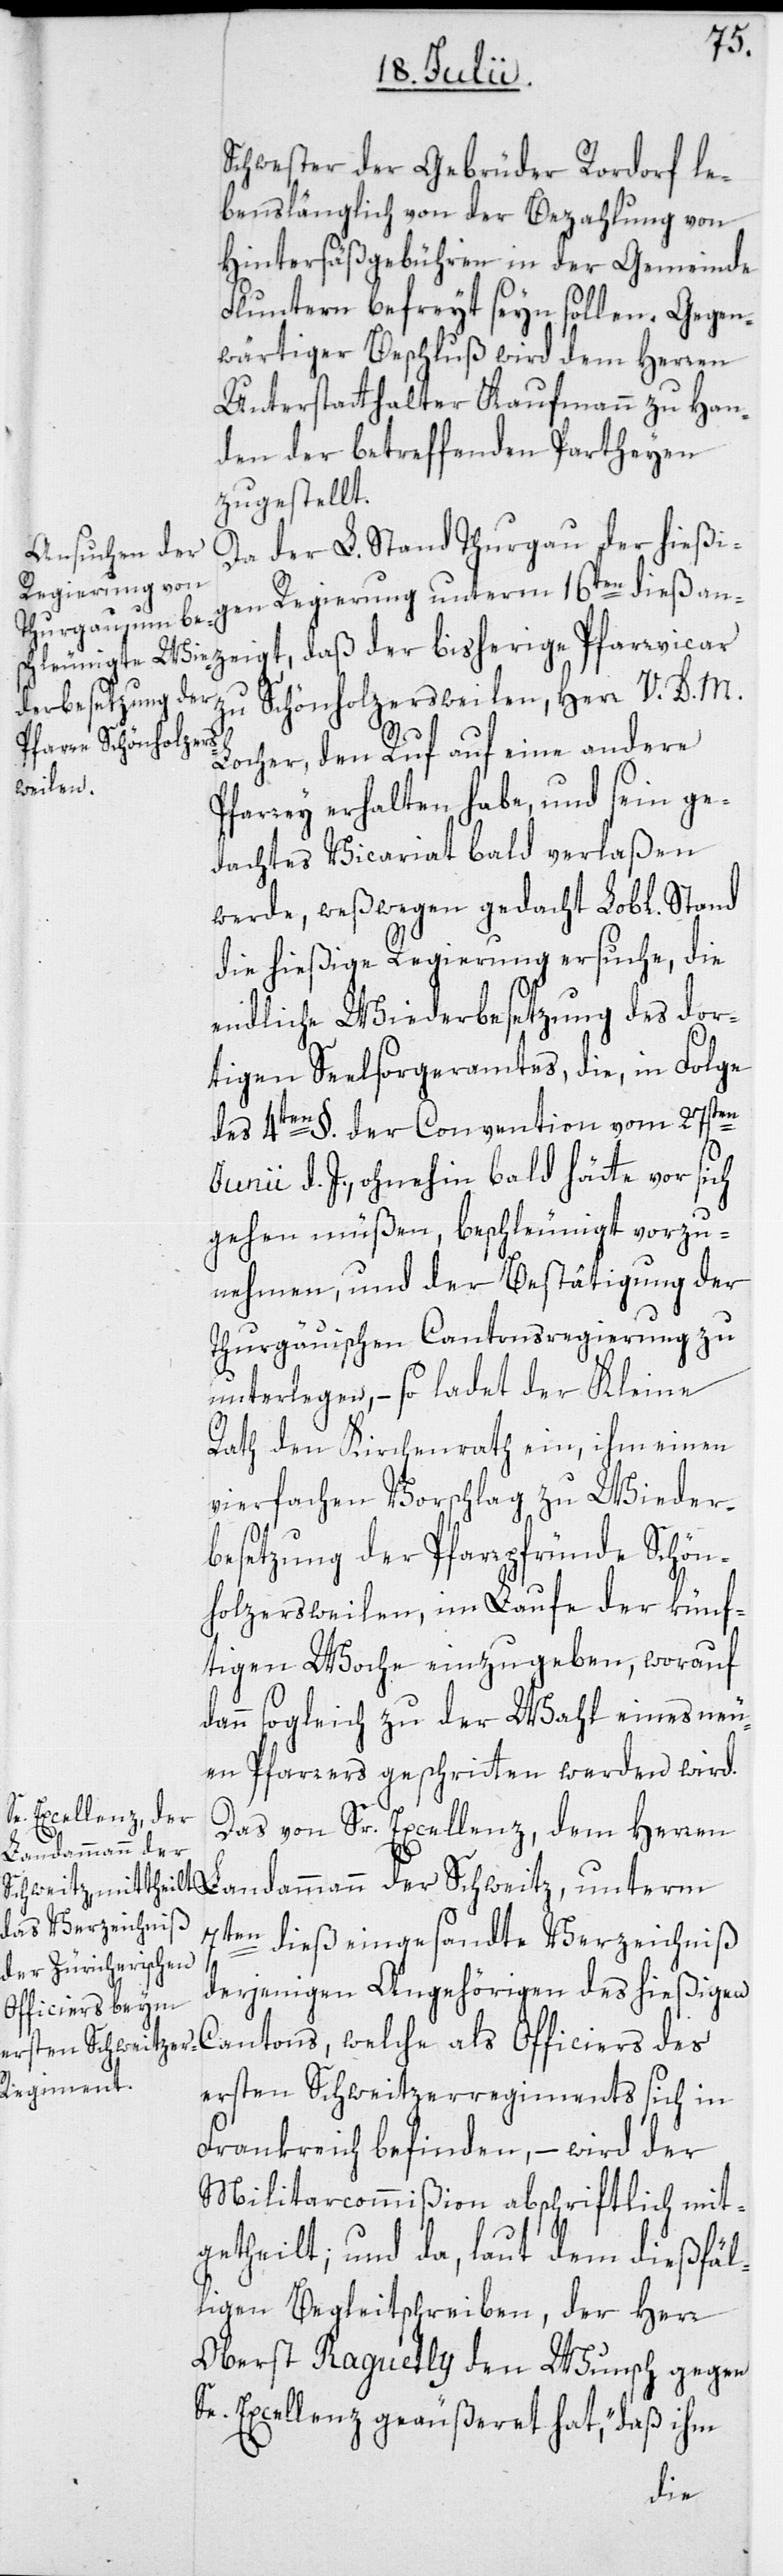
Schwester der Gebrüder Rordorf le¬
benslänglich von der Bezahlung von
Hintersäßgebühren in der Gemeinde
Fluntern befreyt seyn sollen. Gegen¬
wärtiger Beschluß wird dem Herren
Unterstatthalter Kaufmann zu Han¬
den der betreffenden Partheyen
zugestellt.
Da der L. Stand Thurgau der hießigen
zu Schönholzersweilen, Herr V. D. M.
Locher, den Ruf auf eine andere
Pfarrey erhalten habe, und sein ge¬
dachtes Vicariat bald verlaßen
werde, weßwegen gedacht Lob[licher]
die hießige Regierung ersuche, die
endliche Wiederbesetzung des dor¬
tigen Seelsorgeramtes, die, in Folge
des 4ten §. der Convention vom 27sten
Junii d. J., ohnehin bald hätte vor sich
gehen müßen, beschleunigt vorzu¬
nehmen, und der Bestätigung der
Thurgäuischen Cantonsregierung zu
unterlegen, – so ladet der Kleine
Rath den Kirchenrath ein, ihm einen
vierfachen Vorschlag zu Wieder¬
besetzung der Pfarrpfründe Schön¬
holzersweilen, im Laufe der künf¬
tigen Woche einzugeben, worauf
dann sogleich zu der Wahl eines neu¬
en Pfarrers geschritten werden wird.
Das von Sr. Excellenz dem Herren
Landammann der
7ten dieß eingesandte Verzeichniß
derjenigen Angehörigen des hießigen
Officiers des
ersten Schweitzerregiments sich in
Frankreich befinden, – wird der
Militarcommißion abschriftlich mit¬
getheilt; und da, laut dem dießfäl¬
ligen Begleitschreiben, der Herr
Oberst Raguetly den Wunsch gegen
Se. Excellenz geäußeret hat, „daß ihm
dieß